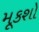
મૂકશો